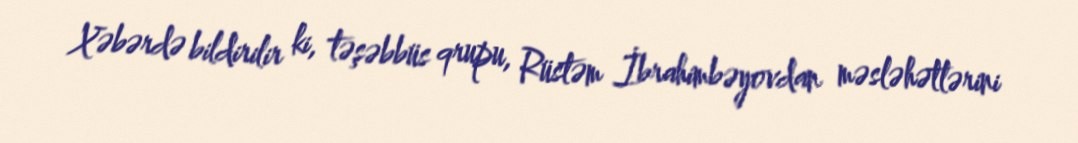
Xəbərdə bildirilir ki, təşəbbüs qrupu, Rüstəm İbrahimbəyovdan məsləhətlərini